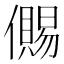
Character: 儩